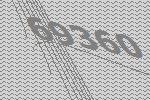
69360